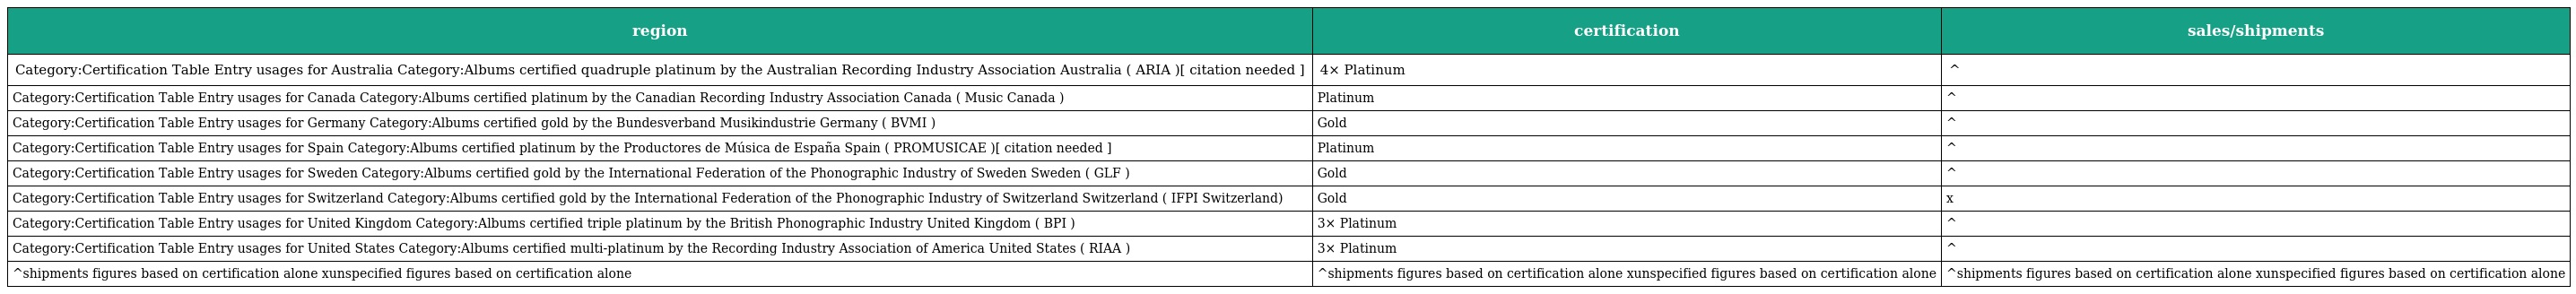
| region | certification | sales/shipments |
 | --- | --- | --- |
 | Category:Certification Table Entry usages for Australia Category:Albums certified quadruple platinum by the Australian Recording Industry Association Australia ( ARIA )[ citation needed ] | 4× Platinum | ^ |
 | Category:Certification Table Entry usages for Canada Category:Albums certified platinum by the Canadian Recording Industry Association Canada ( Music Canada ) | Platinum | ^ |
 | Category:Certification Table Entry usages for Germany Category:Albums certified gold by the Bundesverband Musikindustrie Germany ( BVMI ) | Gold | ^ |
 | Category:Certification Table Entry usages for Spain Category:Albums certified platinum by the Productores de Música de España Spain ( PROMUSICAE )[ citation needed ] | Platinum | ^ |
 | Category:Certification Table Entry usages for Sweden Category:Albums certified gold by the International Federation of the Phonographic Industry of Sweden Sweden ( GLF ) | Gold | ^ |
 | Category:Certification Table Entry usages for Switzerland Category:Albums certified gold by the International Federation of the Phonographic Industry of Switzerland Switzerland ( IFPI Switzerland) | Gold | x |
 | Category:Certification Table Entry usages for United Kingdom Category:Albums certified triple platinum by the British Phonographic Industry United Kingdom ( BPI ) | 3× Platinum | ^ |
 | Category:Certification Table Entry usages for United States Category:Albums certified multi-platinum by the Recording Industry Association of America United States ( RIAA ) | 3× Platinum | ^ |
 | ^shipments figures based on certification alone xunspecified figures based on certification alone | ^shipments figures based on certification alone xunspecified figures based on certification alone | ^shipments figures based on certification alone xunspecified figures based on certification alone |